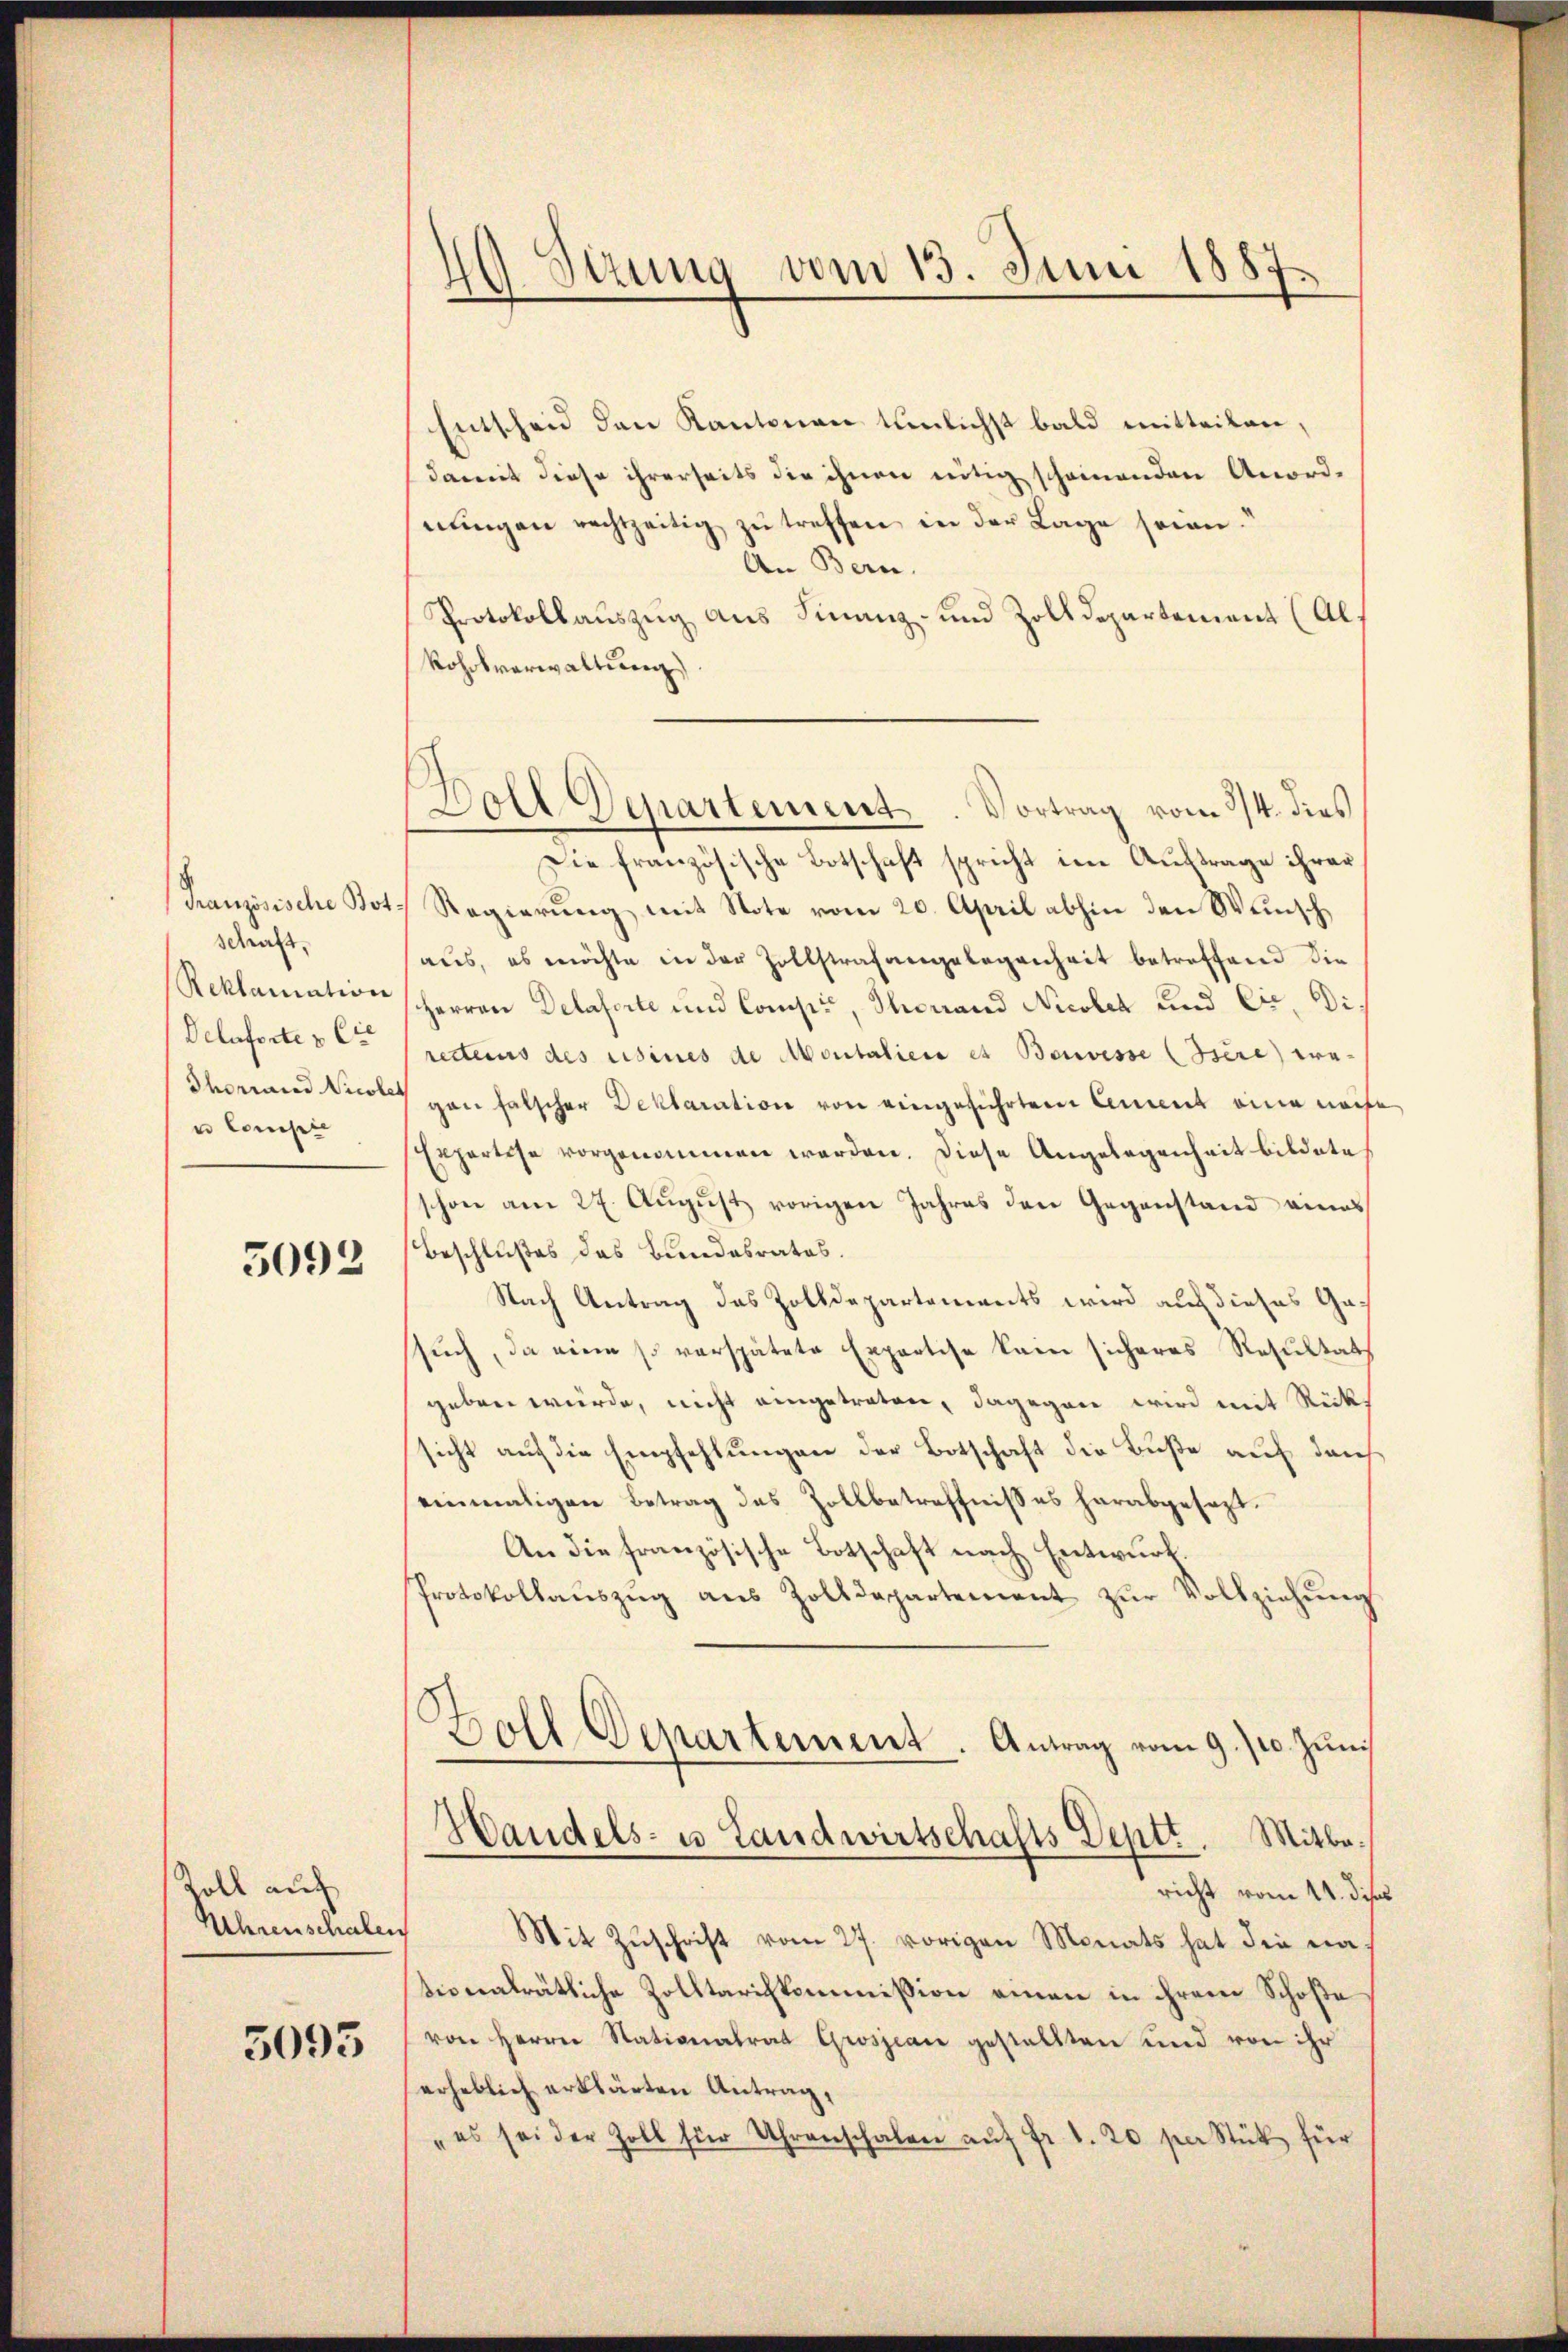
schaft.
Reklamation
Deluferte & Cie
Thorrarad Nicol
e Compie

5092

Zoll auf
Kehrenschalen
5095

40. Dezung vom 15. Juni 1887.

Entscheid den Kantonen tunlichst bald mitteilen,
damit diese ihrerseits die ihnen nötig scheinenden Anordnŭngen rechtzeitig zŭ treffen in der Lage seien.“
An Bern.
Protokollaŭszŭg aŭs Finanz- und Zolldepartement (Al.
Rohokverwaltung).
Die französische Botschaft spricht im Auftrage ihrer
Französische Kot. Regierung mit Note vom 20. April abhin den Wunsch
aus, es möchte in der Zollstrafangelegenheit betreffend die
Herren Delaserte und Compi, Thonand Nicoler und Cie, Direttens des usines de Montalien et Benvisse (sere wegan falscher Deklaration von eingeführten Cement eine mache
Erpartise vorgenommen werden. Diese Angelegenheit bildete
schon am 27. August vorigen Jahres den Gegenstand eines
Beschlußes das Bundesrates.
Nach Antrag des Zolldepartements wird auf dieses Gassuch, da eine so verspätete Expertise kein sicheres Resultat
geben würde, nicht eingetreten, dagegen wird mit Rücksicht auf die Empfehlungen der Botschaft die Buße auf dans
einmaligen Betrag des Zollbetreffnißes herabgesezt.
An die französische Botschaft nach Entwurf.
Protokollaŭszŭg aŭs Zolldepartement zŭr Vollziehŭng
.
Boll Denartement. Antrag vom 9./10. Juni
Handels- u Landwirtschafts Deptt. Mitbericht vom 14. dises
Mit Zŭschrift vom 27. vorigen Monats hat die na
tionalrätliche Zolltariskommission einen in ihrem Schoße
von Herrn Stationalrat Grossian gestellten und von ihr
erheblich erklärten Antrag,
„es sei der Zoll für Uhrenschalen aŭf Fr. 1. 20 per Stück für

Doll Departement. Vortrag vom 3/4. dies